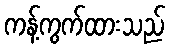
ကန့်ကွက်ထားသည်